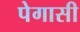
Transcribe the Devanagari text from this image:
पेगासी